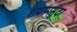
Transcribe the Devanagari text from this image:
शयामसुंदर